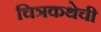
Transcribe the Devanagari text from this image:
चित्रकथेची